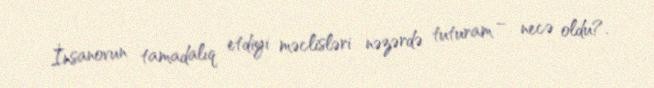
İnsanovun tamadalıq etdiyi məclisləri nəzərdə tuturam – necə oldu?.